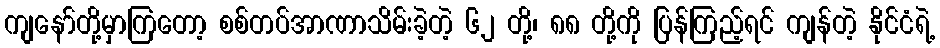
ကျနော်တို့မှာကြတော့ စစ်တပ်အာဏာသိမ်းခဲ့တဲ့ ၆၂ တို့၊ ၈၈ တို့ကို ပြန်ကြည့်ရင် ကျန်တဲ့ နိုင်ငံရဲ့